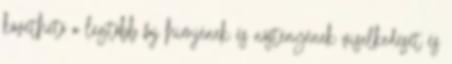
követhető a legtöbb faj hímjének és nőstényének viselkedését és